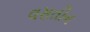
વસતીન